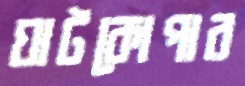
ঘাটকোপার